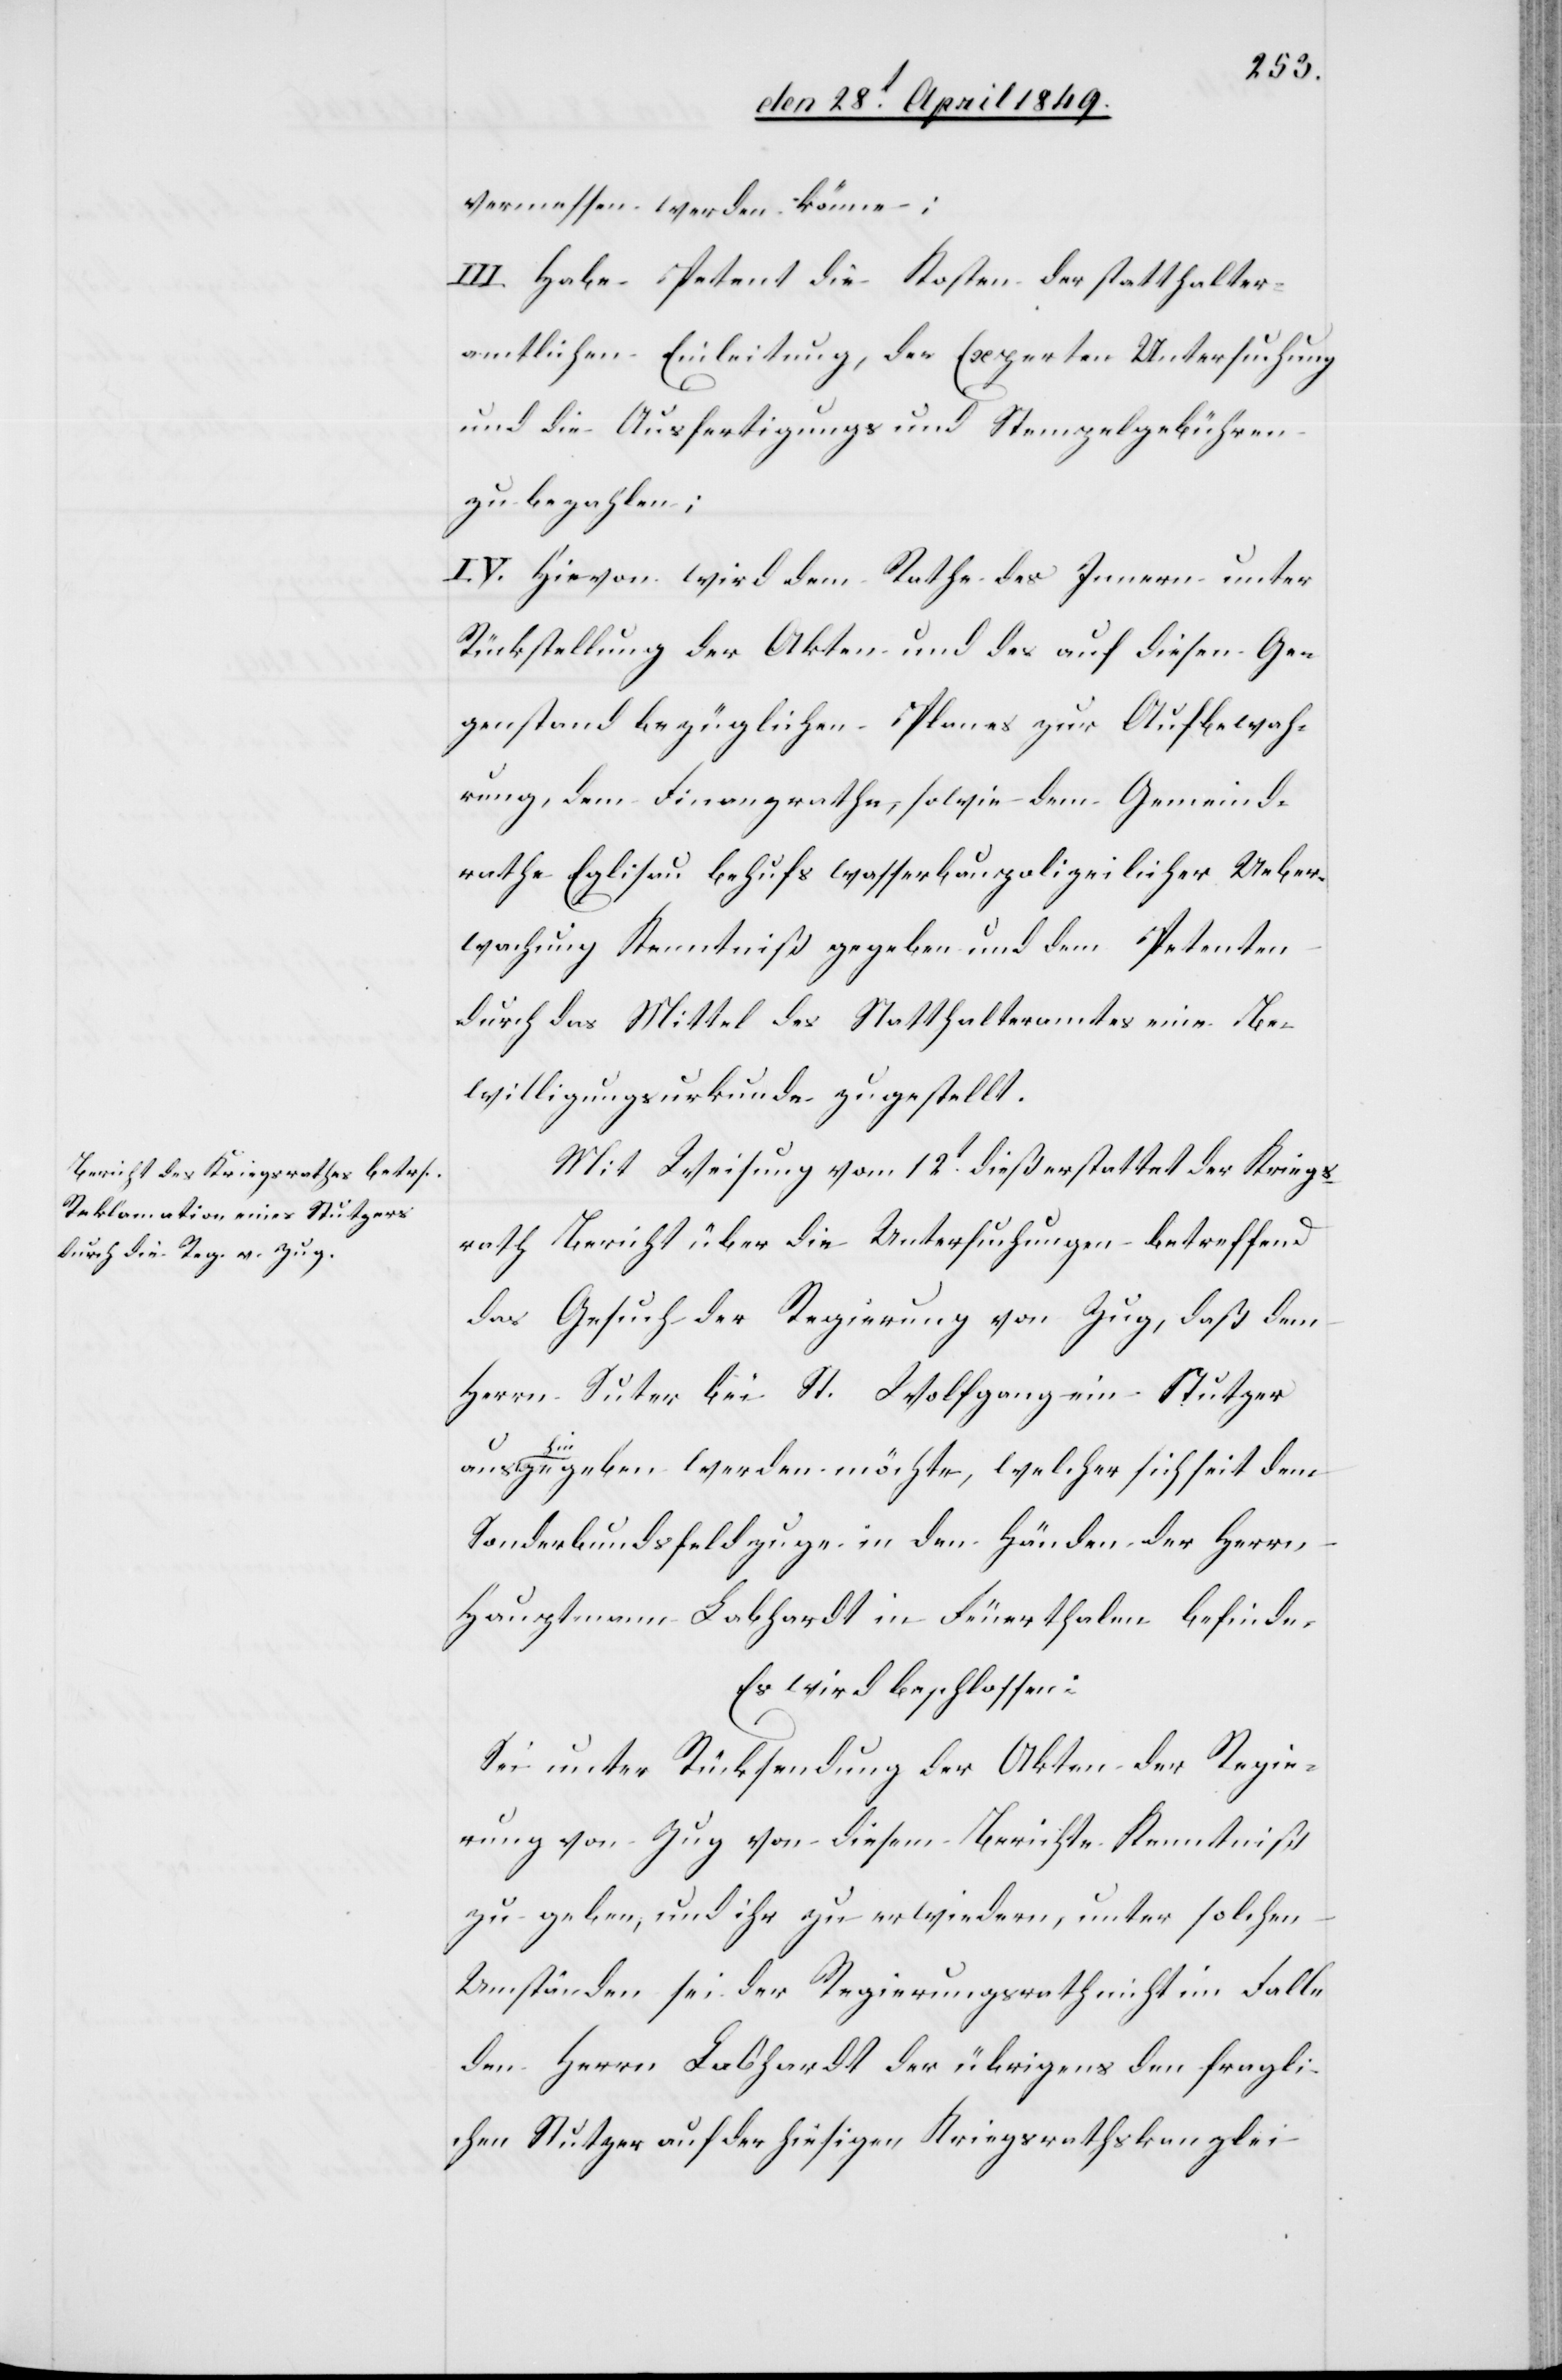
vermessen werden könne;
III. Habe Petent die Kosten der statthalter¬
amtlichen Einleitung, der Experten Untersuchung
und die Ausfertigungs[-] und Stempelgebühren
zu bezahlen;
IV. Hievon wird dem Rathe des Innern unter
Rückstellung der Akten und des aus diesen Ge¬
genstand bezüglichen Planes zur Aufbewah¬
rung, dem Finanzrathe, sowie dem Gemeind¬
rathe Eglisau behufs wasserbaupolizeilicher Ueber¬
wachung Kenntniß gegeben und dem Petenten
durch das Mittel des Statthalteramtes eine Be¬
willigungsurkunde zugestellt.
Mit Weisung vom 12t dieß erstattet der Kriegs¬
rath Bericht über die Untersuchungen betreffend
das Gesuch der Regierung von Zug, daß dem
Herrn Suter bei St. Wolfgang ein Stutzer
aushinzugeben werden möchte, welcher sich seit dem
Sonderbundsfeldzuge in den Händen der Herrn
Hauptmann Labhardt in Feuerthalen befinde.
Es wird beschlossen:
Sei unter Rücksendung der Akten der Regie¬
rung von Zug von diesem Berichte Kenntniß
zu geben, und ihr zu erwiedern, unter solchen
Umständen sei der Regierungsrath nicht im Falle
den Herrn Labhardt der übrigens den fragli¬
chen Stutzer auf der hiesigen Kriegsrathskanzlei